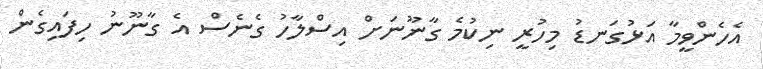
އެހެންވީމާ އަޅުގަނޑު މިހުރީ ނިކުމެ ގާނޫނަށް އިސްލާހު ގެނެސް އެ ގާނޫނު ހިފައިގެން